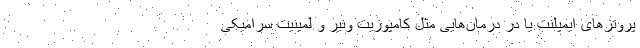
پروتزهای ایمپلنت یا در درمان‌هایی مثل کامپوزیت ونیر و لمینیت سرامیکی